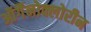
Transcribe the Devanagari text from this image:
ऑर्गैनोक्लोरीन